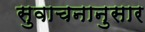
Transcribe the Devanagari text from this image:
सुवाचनानुसार